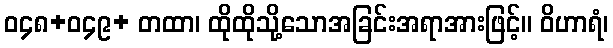
ဝ၄၈+ဝ၄၉+ တထာ၊ ထိုထိုသို့သောအခြင်းအရာအားဖြင့်။ ဝိဟာရံ၊